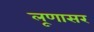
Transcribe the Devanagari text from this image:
लूणासर